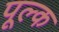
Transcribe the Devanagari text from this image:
पूल्क